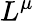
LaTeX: L^{\mu}